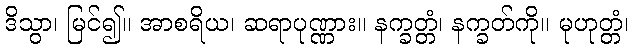
ဒိသွာ၊ မြင်၍။ အာစရိယ၊ ဆရာပုဏ္ဏား။ နက္ခတ္တံ၊ နက္ခတ်ကို။ မုဟုတ္တံ၊